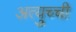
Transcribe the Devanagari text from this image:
अत्युच्ची